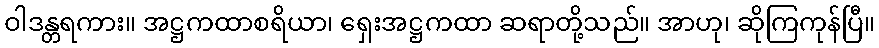
ဝါဒန္တရကား။ အဋ္ဌကထာစရိယာ၊ ရှေးအဋ္ဌကထာ ဆရာတို့သည်။ အာဟု၊ ဆိုကြကုန်ပြီ။